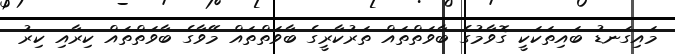
މައިގަނޑު ބައިތަކަކީ ގޮވާމުގެ ބާވަތްތައް ތަރުކާރީގެ ބާވަތްތައް މޭވާގެ ބާވަތްތައް ކިރާއި ކިރު